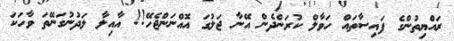
ރައްޔިތުންގެ ފައިސާތައް ހަވާލް ކުރަންދެން އޭނާ ޖަލުގަ އޮއްނަންޖެހޭ!! އާއިލާ ލަދުނުގަނޭތަ ވާހަކަ